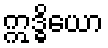
ဣဒ္ဓိယော